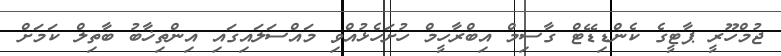
ޖުމްހޫރީ ޕާޓީގެ ކެންޑިޑޭޓް ގާސިމް އިބްރާހީމް ހުށަހެޅުއްވި މައްސަލައިގައި އިންތިޚާބު ބާތިލް ކަމަށް